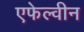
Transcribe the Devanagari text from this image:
एफेल्वीन